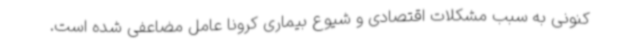
کنونی به سبب مشکلات اقتصادی و شیوع بیماری کرونا عامل مضاعفی شده است.